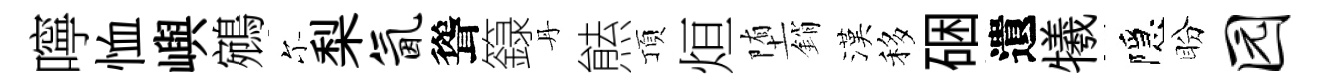
嚀恤嶼鵷尓梨氤聳籙丹㷱頂烜堕銷漢移硱遺犧隱盼园